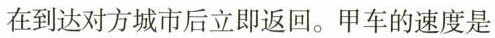
在到达对方城市后立即返回。甲车的速度是